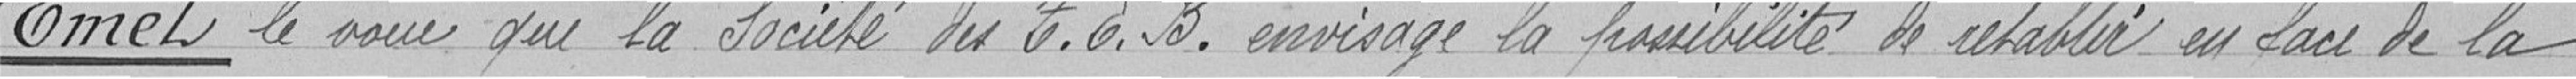
Emet le vœu que la société du T.E.B. envisage la possibilité de rétablir en face de la